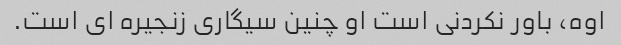
اوه، باور نکردنی است او چنین سیگاری زنجیره ای است.